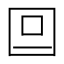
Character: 𡆷